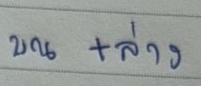
บน + ล่าง